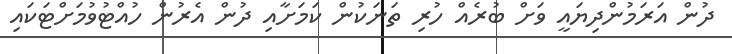
ދުން އަރަމުންދިޔައީ ވަށް ބުރެއް ހުރި ތަނަކުން ކަމަށާއި ދުން އެރުން ހުއްޓުވުމަށްޓަކައި